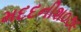
મદદનીશ૦૭૯